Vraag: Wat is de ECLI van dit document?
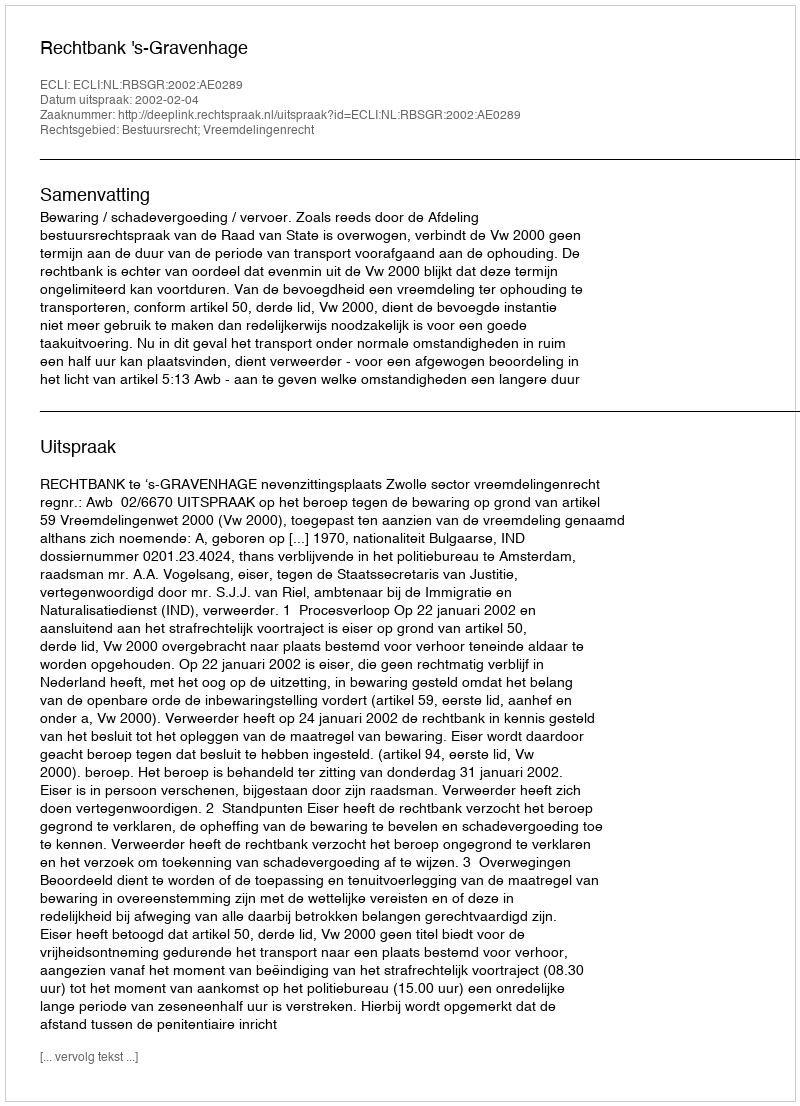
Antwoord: ECLI:NL:RBSGR:2002:AE0289